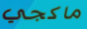
ماكجي